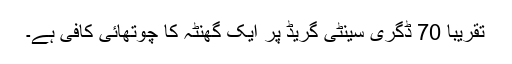
تقریبا 70 ڈگری سینٹی گریڈ پر ایک گھنٹہ کا چوتھائی کافی ہے۔